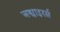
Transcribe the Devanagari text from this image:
अड्माइरर्स